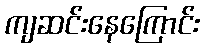
ကျဆင်းနေကြောင်း